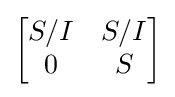
{\begin{bmatrix}S/I&S/I\\0&S\end{bmatrix}}